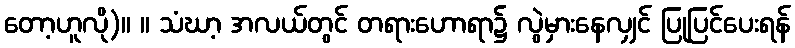
တော့ဟူလို)။ ။ သံဃာ့ အလယ်တွင် တရားဟောရာ၌ လွဲမှားနေလျှင် ပြုပြင်ပေးရန်